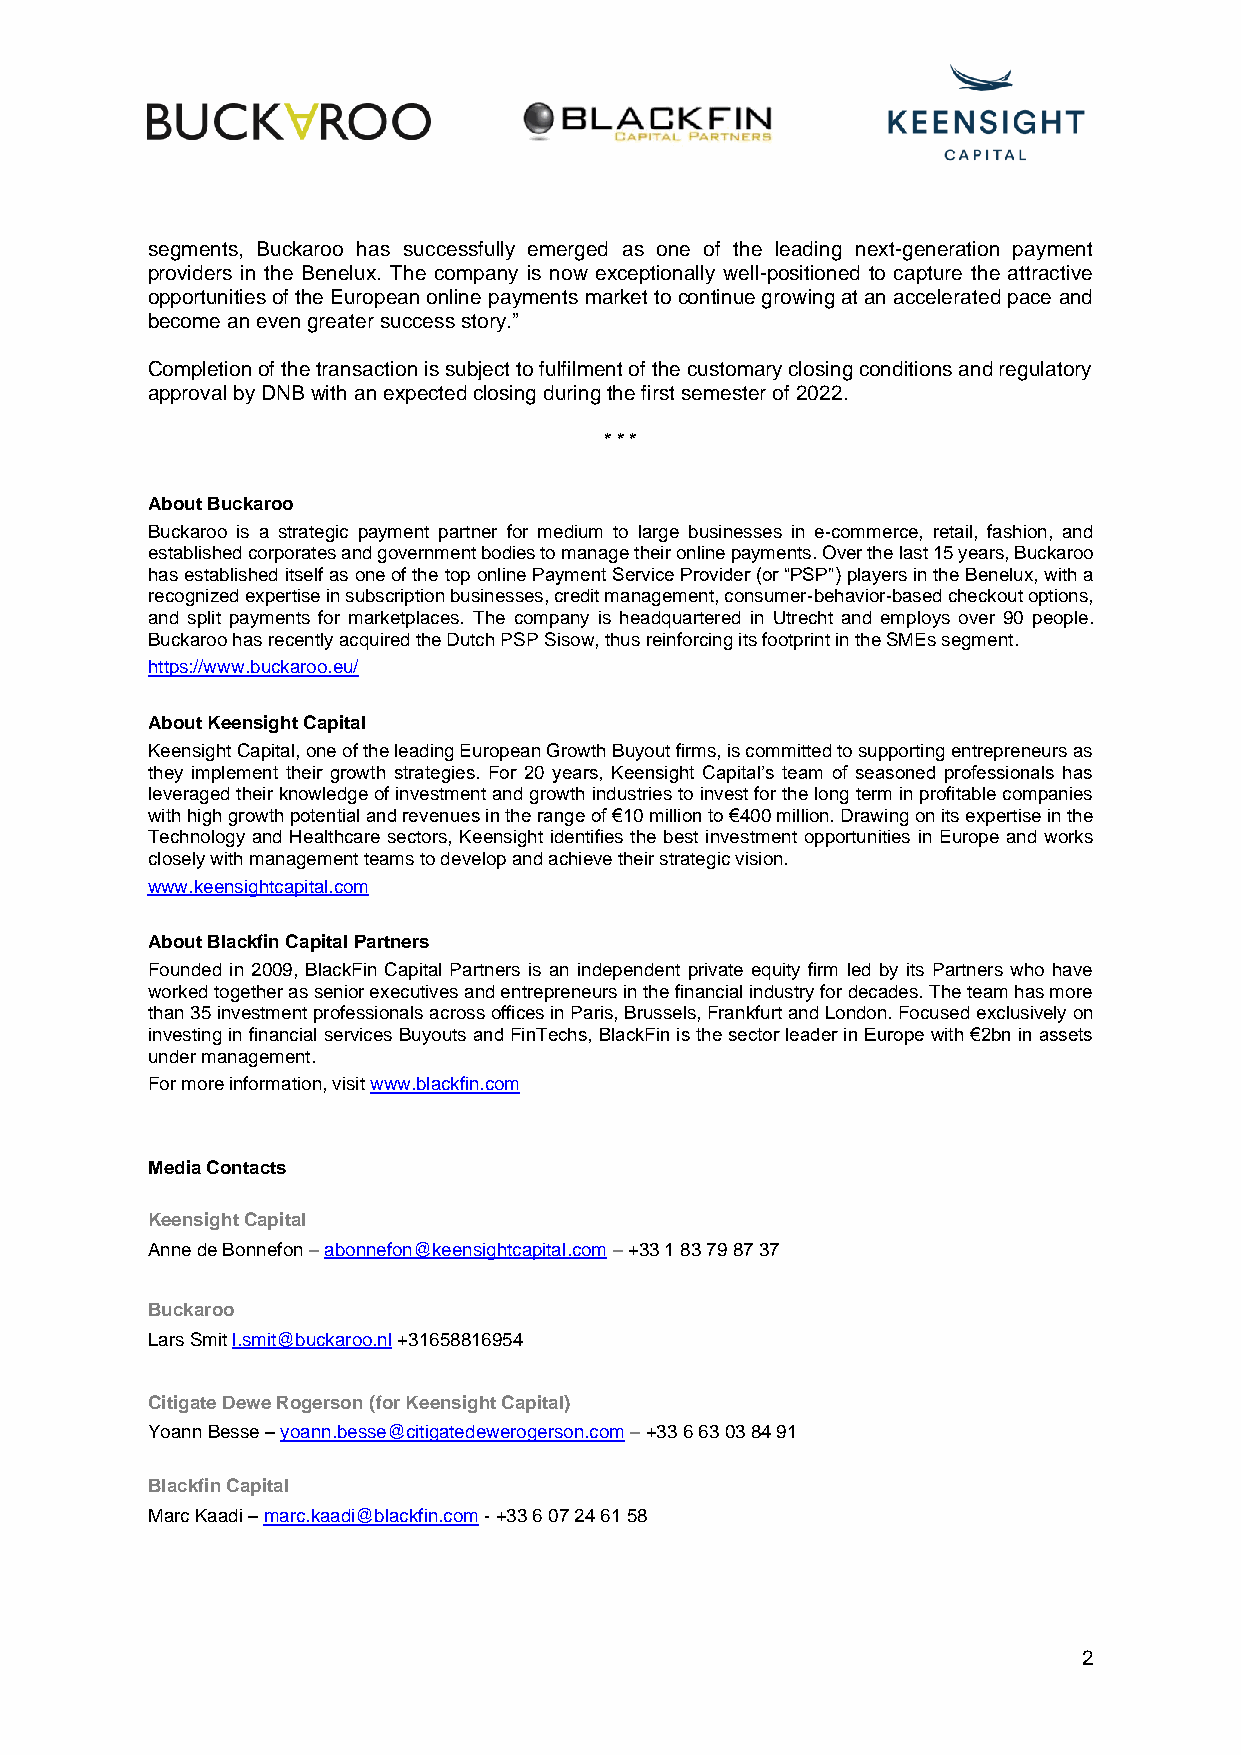
segments, Buckaroo has successfully emerged as one of the leading next-generation payment
 providers in the Benelux. The company is now exceptionally well-positioned to capture the attractive
 opportunities of the European online payments market to continue growing at an accelerated pace and
 become an even greater success story.”
 Completion of the transaction is subject to fulfilment of the customary closing conditions and regulatory
 approval by DNB with an expected closing during the first semester of 2022.
 * * *
 About Buckaroo
 Buckaroo is a strategic payment partner for medium to large businesses in e-commerce, retail, fashion, and
 established corporates and government bodies to manage their online payments. Over the last 15 years, Buckaroo
 has established itself as one of the top online Payment Service Provider (or “PSP”) players in the Benelux, with a
 recognized expertise in subscription businesses, credit management, consumer-behavior-based checkout options,
 and split payments for marketplaces. The company is headquartered in Utrecht and employs over 90 people.
 Buckaroo has recently acquired the Dutch PSP Sisow, thus reinforcing its footprint in the SMEs segment.
 https://www.buckaroo.eu/
 About Keensight Capital
 Keensight Capital, one of the leading European Growth Buyout firms, is committed to supporting entrepreneurs as
 they implement their growth strategies. For 20 years, Keensight Capital’s team of seasoned professionals has
 leveraged their knowledge of investment and growth industries to invest for the long term in profitable companies
 with high growth potential and revenues in the range of €10 million to €400 million. Drawing on its expertise in the
 Technology and Healthcare sectors, Keensight identifies the best investment opportunities in Europe and works
 closely with management teams to develop and achieve their strategic vision.
 www.keensightcapital.com
 About Blackfin Capital Partners
 Founded in 2009, BlackFin Capital Partners is an independent private equity firm led by its Partners who have
 worked together as senior executives and entrepreneurs in the financial industry for decades. The team has more
 than 35 investment professionals across offices in Paris, Brussels, Frankfurt and London. Focused exclusively on
 investing in financial services Buyouts and FinTechs, BlackFin is the sector leader in Europe with €2bn in assets
 under management.
 For more information, visit www.blackfin.com
 Media Contacts
 Keensight Capital
 Anne de Bonnefon – abonnefon@keensightcapital.com – +33 1 83 79 87 37
 Buckaroo
 Lars Smit l.smit@buckaroo.nl +31658816954
 Citigate Dewe Rogerson (for Keensight Capital)
 Yoann Besse – yoann.besse@citigatedewerogerson.com – +33 6 63 03 84 91
 Blackfin Capital
 Marc Kaadi – marc.kaadi@blackfin.com - +33 6 07 24 61 58
 2